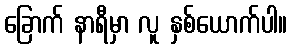
ခြောက် နာရီမှာ လူ နှစ်ယောက်ပါ။